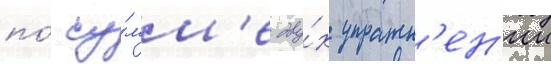
по́ су́мм'е дву́х упражн'ен'ии